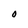
Character: 0